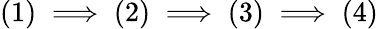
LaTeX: (1)\implies(2)\implies(3)\implies(4)